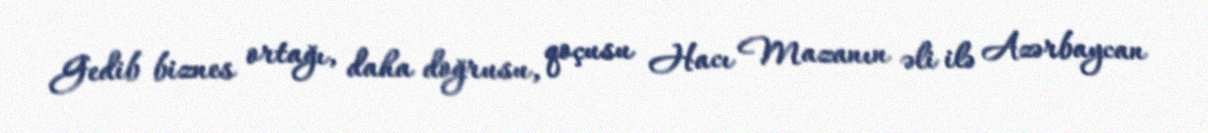
Gedib biznes ortağı, daha doğrusu, qoçusu Hacı Mazanın əli ilə Azərbaycan